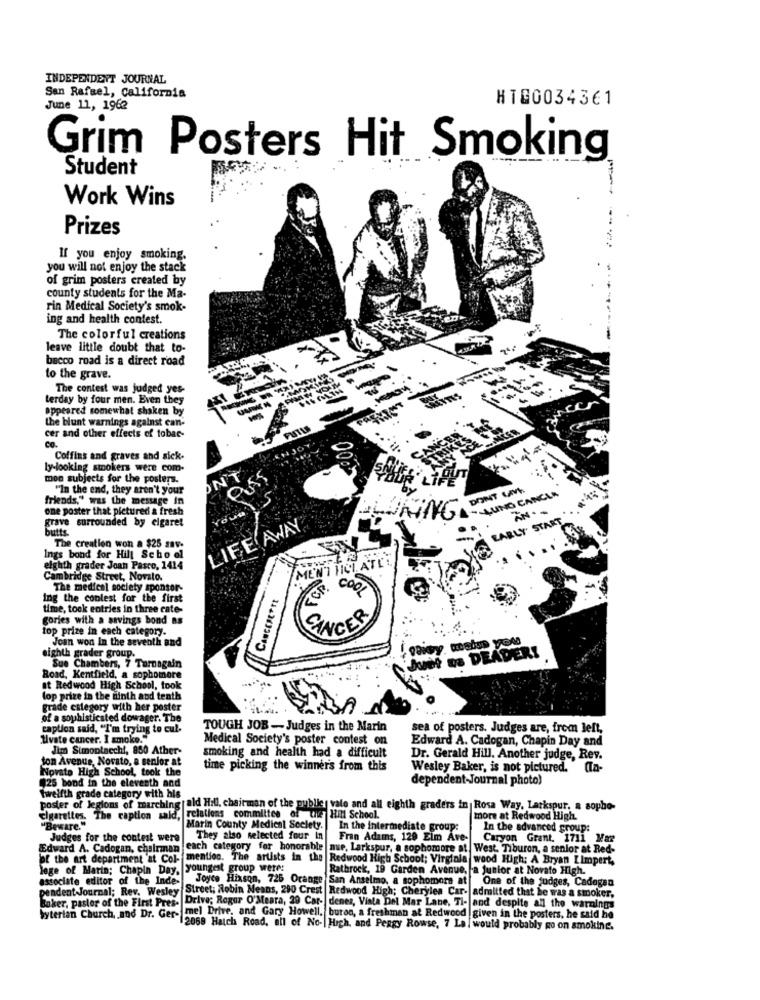
INDEPENDENT JOURNAL
San Rafael, California
HIG0034361
June 11, 1962
Grim Posters Hit Smoking
Student
Work Wins
Prizes
----
If you enjoy smoking.
you will not enjoy the stack
of grim posters created by
county students for the Ma-
rin Medical Society's smok-
ing and health contest.
The colorful creations
leave little doubt that to-
bacco road is a direct road
to the grave.
The contest was judged yes-
terday by four men. Even they
appeared somewhat shaken by
the blunt warnings against can-
FUTLA
cer and other effects of tobac-
co.
Coffins and graves and sick.
Ly-looking smokers were com-
ONT
mon subjects for the posters.
0035
"In the end, they aren't your
DONT LAVE
LUNG CANCER
friends," was the message in
one poster that pictured a fresh
AN .
grave surrounded by cigaret
OLURING
EARLY START
butts
LIFE AWAY
The creation won a $25 sav.
Ings bond for Hill School
E'NIMICLATLI
eighth grader Joan Pasco, 1414
Cambridge Street, Novato.
The medical society sponsor-
ER. COOL
ing the coolest for the first
Cascostort
time, took entries in three cate-
gories with a savings bond ns
SINCER
top prize in each category.
Joan won In the seventh and
eighth grader group.
June na DEADERI
Sue Chambers, 7 Tarnagain
Road, Kentfield, a sophomore
at Redwood High School, took
lop prize in the ninth and tenth
grade category with her poster
of a sophisticated dowager. The
caption said, "I'm trying to cul.
TOUGH JOB - Judges in the Marin
sea of posters. Judges are, from left,
Aivate cancer. I smoke."
Medical Society's poster contest on
Edward A. Cadogan, Chapin Day and
Jim Simonlacchi, 850 Ather-
ton Avenue, Novato, a senior at
smoking and health had a difficult
Dr. Gerald Hill. Another judge, Rev.
Novato High School, took the
time picking the winner's from this
Wesley Baker, is not pictured. On-
dependent Journal photo)
Twelfth grade category with his
$25 bond in the eleventh and
poster of Jegions of marching
rald Hill, chairman of the publics vato and all eighth graders in Rosa Way, Larkspur. a sopho-
cigarettes. The caption said, relations committee of the Hill School.
more at Redwood High.
"Beware."
Marin County Medical Society.
In the intermediate group:
In the advanced group:
Judges for the contest were
They also selected four in
Fran Adams, 129 Eim Ave-
Caryon Grant. 1711 Mar
Edward A. Cadogan, chairman
each category for honorable nue, Larkspur, a sophomore at West, Tiburon, a senior at Red-
of the art department at Col-
mention. The artists in the Redwood High School; Virginla wood High: A Bryan Limpert,
lege of Marin; Chapin Day,
youngest group were:
Rathrock, 19 Garden Avenue, a Junior at Novate High.
associate editor of the Inde-
Joyce Hixson, 726 Orange San Anselmo, a sophomore at
One of the judges, Cadogan
pendent Journal; Rev. Wesley
Street: Robin Means, 290 Crest Redwood High; Cherylea Car- admitted that he was a smoker,
Boker, pastor of the First Pres-
Drive; Rogar O'Meara, 29 Car- denes, Vista Del Mar Lane, Ti- and despite all the warnings
byterian Church, and Dr. Ger-
mel Drive, and Gary Howell, buton, a freshman at Redwood given in the posters, he said he
2068 Hatch Road, all of No- High, and Peggy Rowse, 7 La, would probably po on smokine.